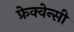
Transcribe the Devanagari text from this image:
फ्रेक्वेन्सी